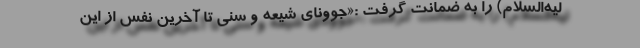
لیه‌السلام) را به ضمانت گرفت :«جوونای شیعه و سنی تا آخرین نفس از این